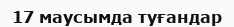
17 маусымда туғандар